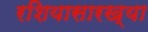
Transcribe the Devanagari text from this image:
रशियासारख्या